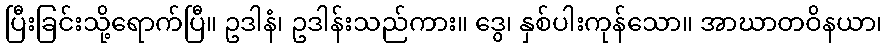
ပြီးခြင်းသို့ရောက်ပြီ။ ဥဒါနံ၊ ဥဒါန်းသည်ကား။ ဒွေ၊ နှစ်ပါးကုန်သော။ အာဃာတဝိနယာ၊